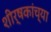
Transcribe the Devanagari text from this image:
शीर्षकांच्या